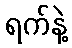
ရက်နဲ့